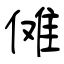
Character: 傩